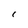
Character: I